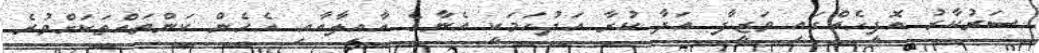
ސަރުކާރު އޮފީހެއްގައި ވަޒީފާ އަދާ ކުރާ އަދުހަމަކީ އެނާގެ އާއިލާއާއި އެހެން ކަންތައްތަކަށްވުރެ